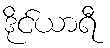
ဒိုင်ယာရီ